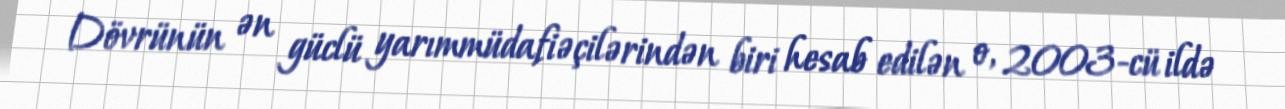
Dövrünün ən güclü yarımmüdafiəçilərindən biri hesab edilən o, 2003-cü ildə